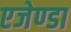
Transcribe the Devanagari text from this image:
एजेण्‍डा